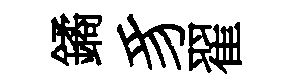
鐍豸翟